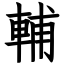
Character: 輔